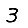
Digit: 3